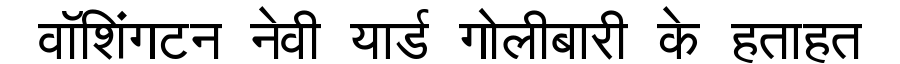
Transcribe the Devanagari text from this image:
वॉशिंगटन नेवी यार्ड गोलीबारी के हताहत